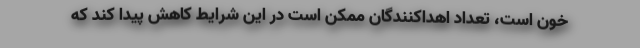
خون است، تعداد اهداکنندگان ممکن است در این شرایط کاهش پیدا کند که